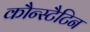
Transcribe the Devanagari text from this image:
कौन्स्टैटिन